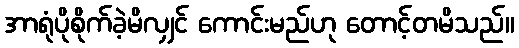
အာရုံပိုစိုက်ခဲ့မိလျှင် ကောင်းမည်ဟု တောင့်တမိသည်။